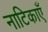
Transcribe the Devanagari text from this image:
नाटिकाएँ